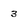
Character: 3